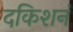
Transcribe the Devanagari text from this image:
दकिशनं